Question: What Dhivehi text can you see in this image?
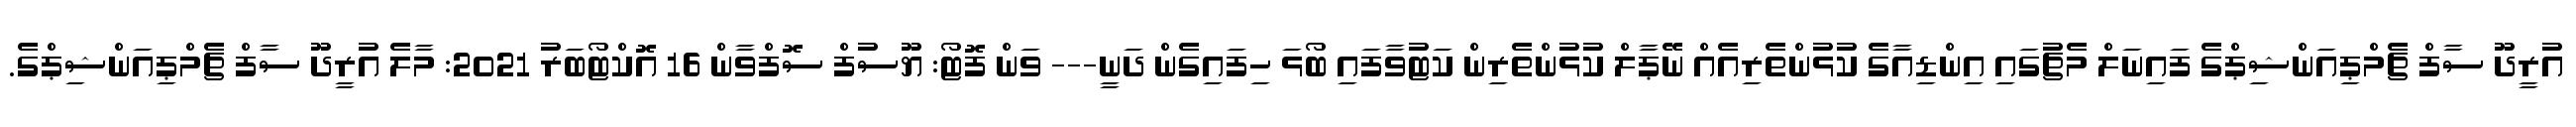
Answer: އުރީދޫ ސާފް ޗެމްޕިއަންޝިޕްގެ ފައިނަލް މެޗުގައި އިންޑިއާގެ ކުޅުންތެރިއެއް ނޭޕާލް ކުޅުންތެރިން ކަޓުވާފައި ބޯޅަ ހިފައިގެން ދަނީ--- ވަން ފޮޓޯ: ޔޫސުފް ސޮފްވާން 16 އޮކްޓޯބަރު 2021: މާލެ އުރީދޫ ސާފް ޗެމްޕިއަންޝިޕްގެ.